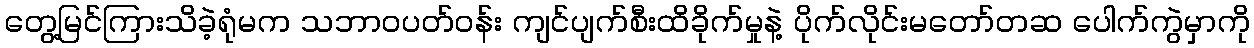
တွေ့မြင်ကြားသိခဲ့ရုံမက သဘာဝပတ်ဝန်း ကျင်ပျက်စီးထိခိုက်မှုနဲ့ ပိုက်လိုင်းမတော်တဆ ပေါက်ကွဲမှာကို